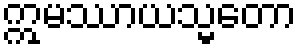
ဣမဿာယသ္မတော